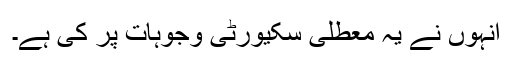
انہوں نے یہ معطلی سکیورٹی وجوہات پر کی ہے۔